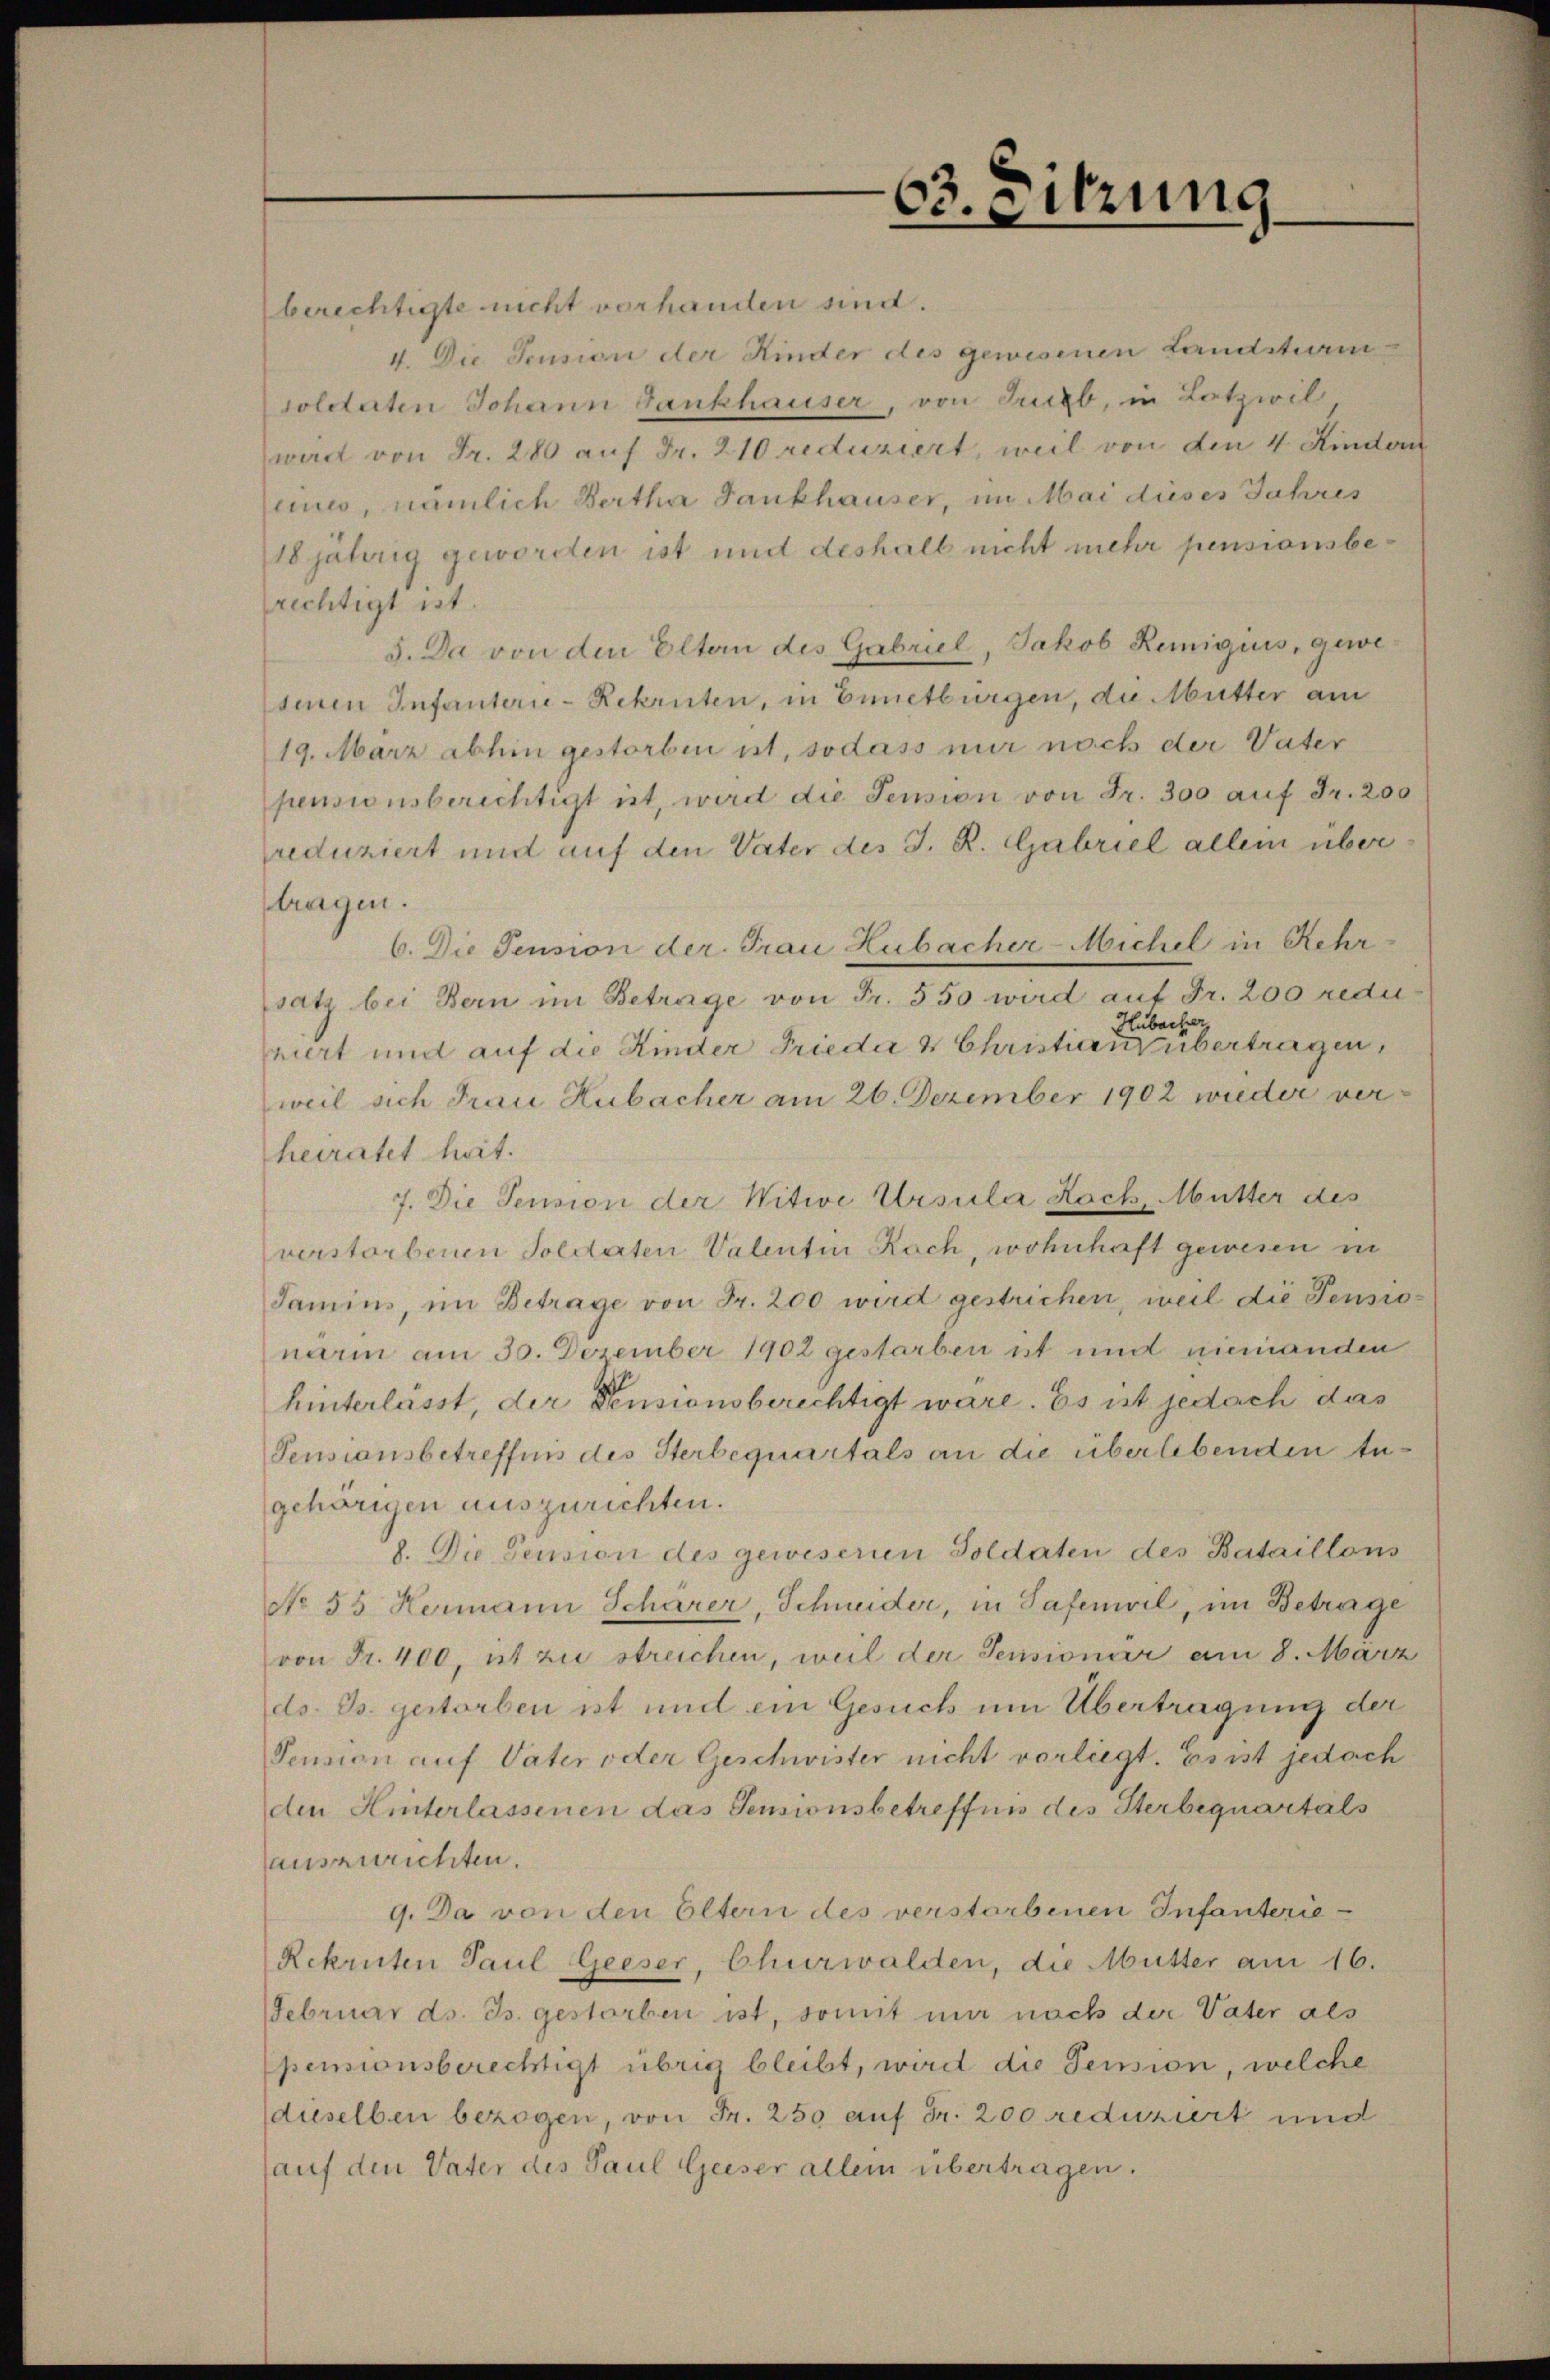
63. Sitzung

berechtigte nicht vorhanden sind.
4. Die Pension der Kinder des gewesenen Landsturm
soldaten Johann Gankhauser, von Lieb, in Lotzwil
wart von Fr. 280 auf Fr. 210 reduziert, weil von den 4 Kindern
eine, nämlich Bertha Sankhauser, im Mai dieses Jahres
18jährig geworden ist und deshalb nicht mehr pensionsberechtigt ist.
5. Da von den Eltern des Gabriel, Jakob Reiniguis, gewesinen Infanterie-Rekruten, in Ennetbürgen, die Mutter am
19. März abhin gestorben ist, sodass nur nach der Vater
pensionsberichtigt ist, wird die Pension von Fr. 300 auf Fr. 200
reduziert und auf den Vater des J. R. Gabriel allein über
tragen.
6. Die Pension der Frau Hubacher-Michel in Kehr-
satz bei Bern im Betrage von Fr. 550 wird auf Fr. 200 redu
Hubacher.
niert und auf die Kinder Frieda & Christianz übertragen,
weil sich Frau Hubacher am 26. Dezember 1902 wieder ver-
heiratet hat.
7. Die Pension der Witwe Ursula Roch, Mutter des
verstorbenen Soldaten Valentin Rach, wohnhaft gewesen in
Jamins, im Betrage von Fr. 200 wird gestrichen, weil die Pensionarin am 30. Dezember 1902 gestarben ist und niemanden
hinterlässt, der Pensionsberechtigt wäre. Es ist jedoch das
Pensionsbetreffnis des Sterbequartals an die überlebenden tugehörigen auszurichten.
8. Die Pension des geweserien Soldaten des Bataillons
No 55 Hermann Schärer, Schneider, in Safenwil, im Betrage
von Fr. 400, ut zu streichen, weil der Pensionier am 8. März
ds. B. gestorben ist und ein Gesuch um Übertragung der
Pension auf Vater oder Geschwister nicht vorliegt. Es ist jedoch
den Hinterlassenen das Sensionsbetreffen des Sterbequartals
auszurichten.
9. Da von den Eltern des verstorbenen Infanterie-
Rekruten Paul Geeser, Churwalden, die Mutter am 16.
Februar ds. Js. gestorben ist, somit mir nach der Vater als
pensionsberechtigt übrig bleibt, wird die Pension, welche
dieselben bezogen, von Fr. 250 auf Fr. 200 reduziert und
auf den Vater des Paul Geiser allein übertragen.